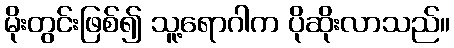
မိုးတွင်းဖြစ်၍ သူ့ရောဂါက ပိုဆိုးလာသည်။